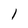
Character: l